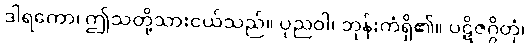
ဒါရကော၊ ဤသတို့သားငယ်သည်။ ပုညဝါ၊ ဘုန်းကံရှိ၏။ ပဋိဇဂ္ဂိတုံ၊